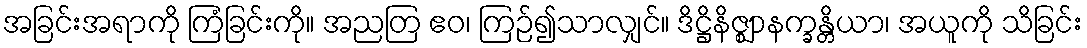
အခြင်းအရာကို ကြံခြင်းကို။ အညတြ ဧဝ၊ ကြဉ်၍သာလျှင်။ ဒိဋ္ဌိနိဇ္ဈာနက္ခန္တိယာ၊ အယူကို သိခြင်း